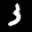
Label: 3